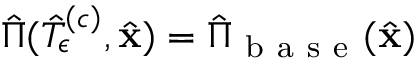
\hat { \Pi } ( \hat { T } _ { \epsilon } ^ { \left( c \right) } , \hat { \mathbf { x } } ) = \hat { \Pi } _ { \mathrm { ~ b ~ a ~ s ~ e ~ } } ( \hat { \mathbf { x } } )